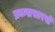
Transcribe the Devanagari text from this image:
फ्रान्ससारखे